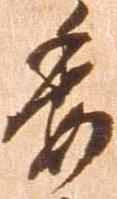
委